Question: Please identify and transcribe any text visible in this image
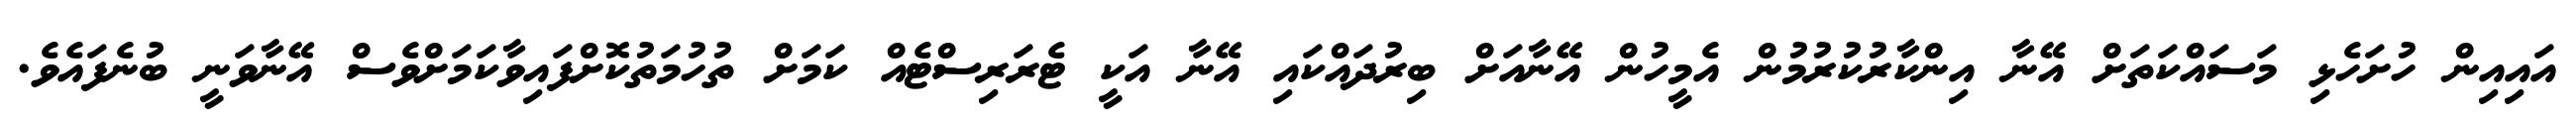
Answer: އައިއިން ހުށަހެޅި މަސައްކަތަށް އޭނާ އިންކާރުކުރުމުން އެމީހުން އޭނާއަށް ބިރުދައްކައި އޭނާ އަކީ ޓެރަރިސްޓެއް ކަމަށް ތުހުމަތުކޮށްފައިވާކަމަށްވެސް އޭނާވަނީ ބުނެފައެވެ.